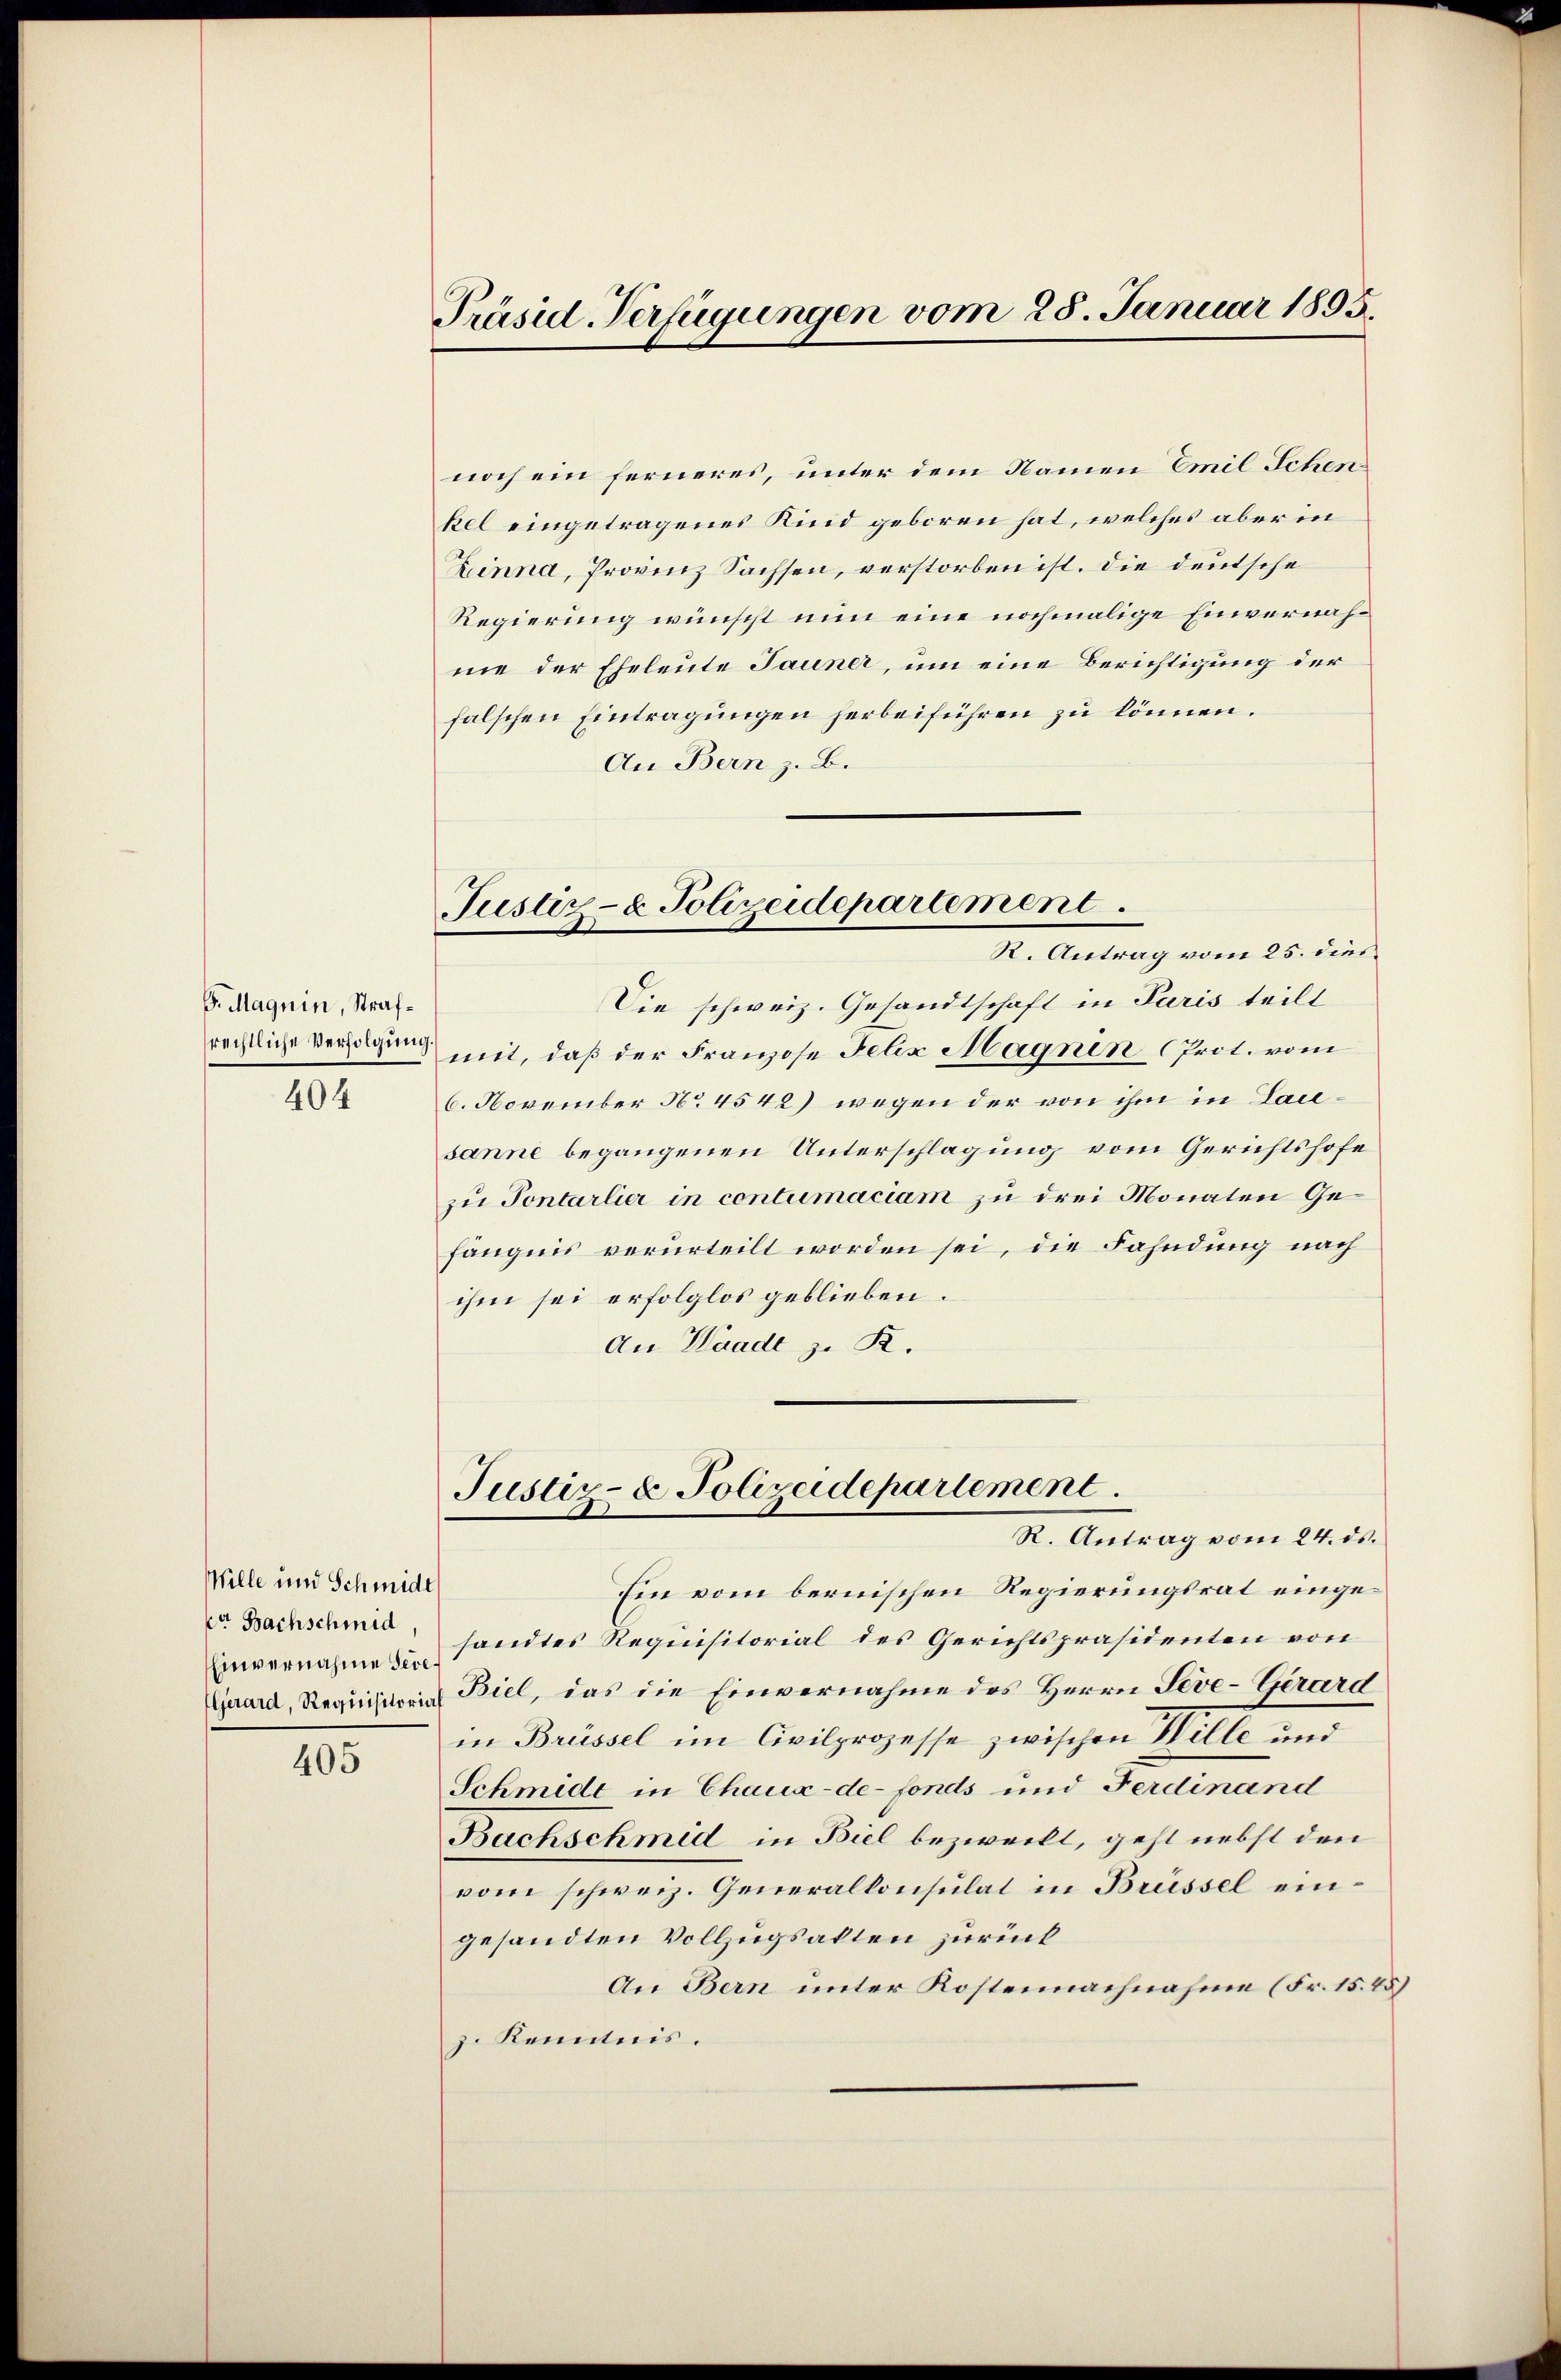
S. Magnin, Straf¬
404

Wille und Schmide
err Bachschmid,
Einvernahme Seve

405

Präsid Verfügungen vom 28. Januar 1895.

noch ein ferneres, unter dem Namen Emil Schen
kel eingetragenes Kind geboren hat, welches aber in
Zinna, Provinz Sachsen, verstorben ist. Die deutsche
Regierung wünscht eine eine nochmalige Einvernahme der Eheleute Jauner, um eine Berichtigung der
falschen Eintragungen herbeiführen zu können.
An Bern z. B.

Justiz- & Polizeidepartement.
R. Antrag vom 25. dies

Die schweiz. Gesandtschaft in Paris teilt
rechtliche Versagung mit, daß der Franzose Felix Magnen (Prot. vom
6. November No. 4542) wegen der von ihm in Lausanne begangenen Unterschlagung vom Gerichtshofe
zu Pontarlier in contumaciam zu drei Monaten Gefängnis verurteilt worden sei, die Fahndung nach
ihm sei erfolglos geblieben.
An Waadt zu R.

Justiz- & Polizeidepartement.
R. Antrag vom 24. ds.

Ein vom bernischen Regierungsrat eingesandtes Requisitorial des Gerichtspräsidenten von
Zuard, Requisiren Biel, das die Einvernahme des Herrn Pove-Gerard
in Brüssel im Civilprozesse zwischen Wille und
Schmide in Chaux-de-Fonds und Ferdinand
Bachschmid in Biel bezweckt, geht nebst den
vom schweiz. Generalkonsulat in Brüssel eingesandten Vollzugsakten zurück
An Bern unter Kostennachnahme (Fr. 15.45)
z. Kenntnis.